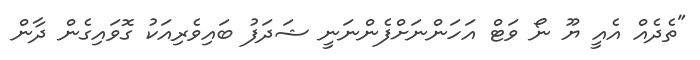
"ތެދެއް އެއީ ޔޫ ނޯ ވަޓް އަހަންނަށްފެންނަނީ ޝަދަފު ބައިވެރިއަކު ގޮވައިގެން ދާން